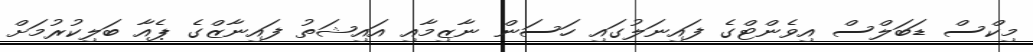
މިކްސް ޑަބަލްސް އިވެންޓްގެ ފައިނަލުގައި ހަސަން ނާޒިމާއި އައިޝަތު ފައިނާޒްގެ ޕެއާ ބަލިކުރުމަށް